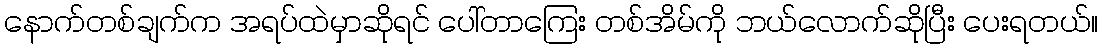
နောက်တစ်ချက်က အရပ်ထဲမှာဆိုရင် ပေါ်တာကြေး တစ်အိမ်ကို ဘယ်လောက်ဆိုပြီး ပေးရတယ်။